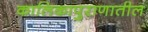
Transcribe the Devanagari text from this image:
कालिकापुराणातील